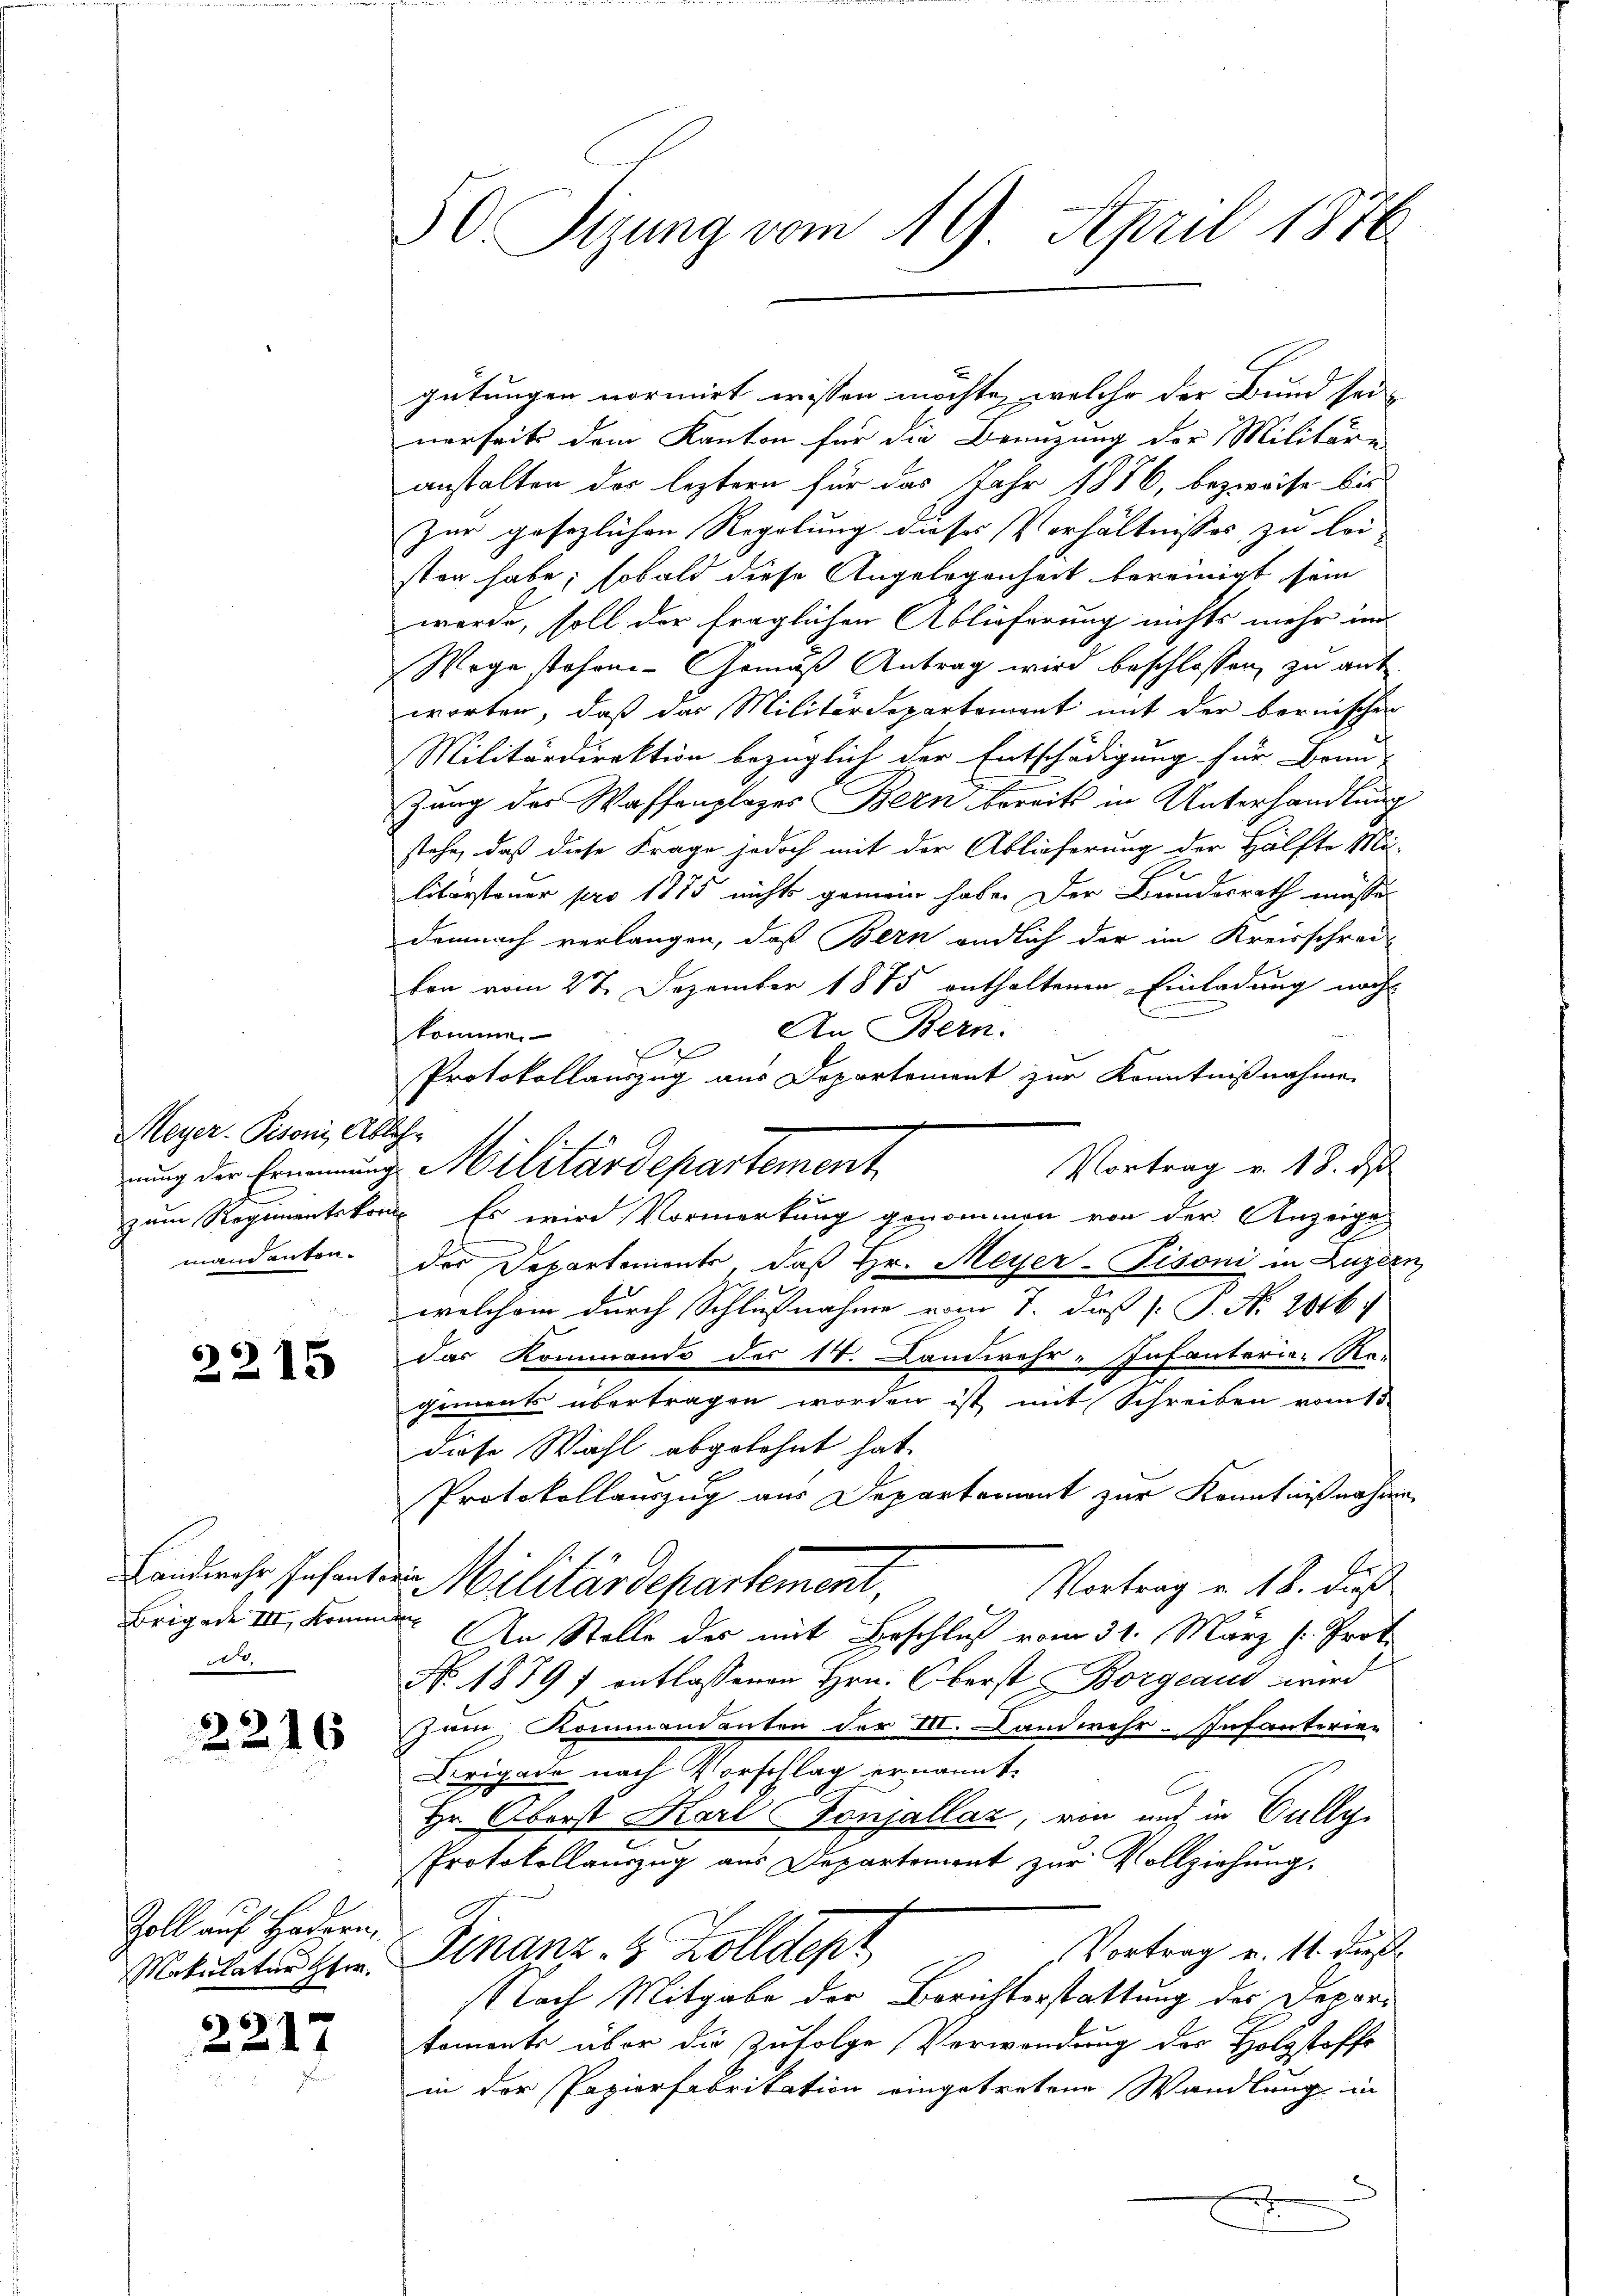
Meyer- Pisoni, Ablehmand anten¬

2215

.

2216

Zoll auf Hadern,
Mokulatur Her

22

1

30. Sizung vom 19. April 1876.

gütungen normirt wissen möchte, welche der Bund sei-
nerseit dem Kanton für die Benuzung der Militäre
anstalten der leztern für das Jahr 1876, bezweife bis
Zur gesezlichen Regelung dieses Verhältnisses zu lei
sten habe; sobald diese Angelegenheit bereinigt sein
werde, soll der fraglichen Ablieferung nichts mehr und
Wege stehene Gemäß Antrag wird beschlossen, zu antworten, daß das Militärdepartement mit der bornischer
Militärdirektion bezüglich der Entschädigung für Brun-
Zurg des Waffenplages Bern bereits in Unterhandlung
stehe, daß diese Frage jedoch mit der Ablieferung der Hälfte Mi-
litärsteuer pro 1875 nichts gemein habe. Der Bundesrath müsse
demnach verlangen, daß Bern endlich der im Kreisschreivon vom 27. Dezember 1875 enthaltenen Einladung nach
An Bern.
komme.

Protokollauszug aus Departement zur Kenntnißnahme
Vortrag v. 18. ds
nung der Ernennung Militärdepartement
zum Regimentskomp. Es wird Vormerkung genommen von der Anzeige
der Departement, daß Hr. Meyer-Pisoni in Luzern
welchem durch Schlußnahme vom 7. daß P. Nr. 2016.
das Kommando des 14. Landwehr-Infanteria-Ra-
gement übertragen worden ist mit Schreiben vom 15
diese Wahl abgelehnt hat.
Protokollauszug aus Departement zur Kenntnißnahme
Landienche Gesanten Militärdepartement, Vertrag v. 18. dieß
Brigade III, kommen. An Stelle des mit Beschluß vom 31. März h. Prof.
No 1879 f entlassenen Hrn. Oberst Borgeaus wird
Zeue Kommandanten der III. Landwehr-Infanterie-
Krigade nach Vorschlag ernannt.
Hr. Oberst Karl Tonsallaz, von und in Gully
Protokollauszug aus Departement zur Vollziehung,
Vortrag u. 11. dies
Finanz- & Zolldepz
Nach Mitgabe der Berichterstattung des Depari
toments über die Zufolge Verwandung des Holzstoffe
in der Papierfabrikation eingetretene Wandlung in
.
.